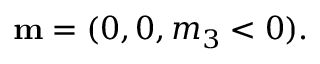
\begin{array} { r } { { \bf m } = ( 0 , 0 , m _ { 3 } < 0 ) . } \end{array}